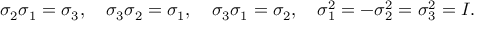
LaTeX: \sigma _ { 2 } \sigma _ { 1 } = \sigma _ { 3 } , \quad \sigma _ { 3 } \sigma _ { 2 } = \sigma _ { 1 } , \quad \sigma _ { 3 } \sigma _ { 1 } = \sigma _ { 2 } , \quad \sigma _ { 1 } ^ { 2 } = - \sigma _ { 2 } ^ { 2 } = \sigma _ { 3 } ^ { 2 } = I .